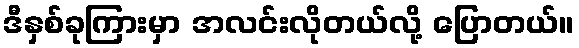
ဒီနှစ်ခုကြားမှာ အလင်းလိုတယ်လို့ ပြောတယ်။